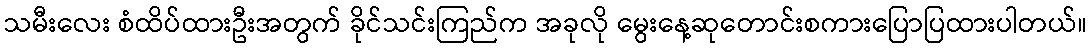
သမီးလေး စံထိပ်ထားဦးအတွက် ခိုင်သင်းကြည်က အခုလို မွေးနေ့ဆုတောင်းစကားပြောပြထားပါတယ်။